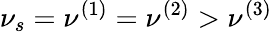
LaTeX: \nu_{s}=\nu^{(1)}=\nu^{(2)}>\nu^{(3)}